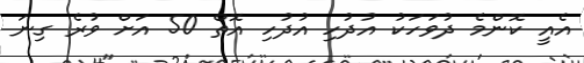
އެއީ ކޮންމެ ދުވަހަކު އުދުހި އުދުހި އޮތް 50 އަށް ވުރެ ގިނަ